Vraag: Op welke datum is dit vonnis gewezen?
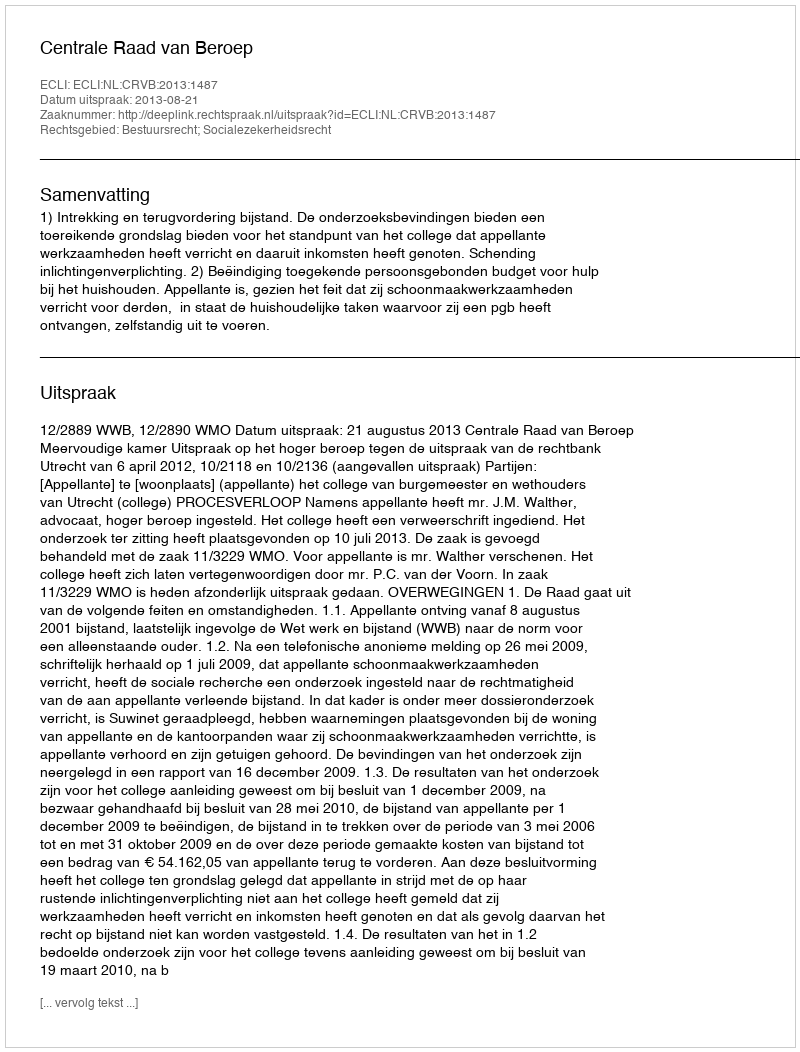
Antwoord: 2013-08-21